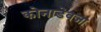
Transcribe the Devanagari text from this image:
कोनाडेवजा